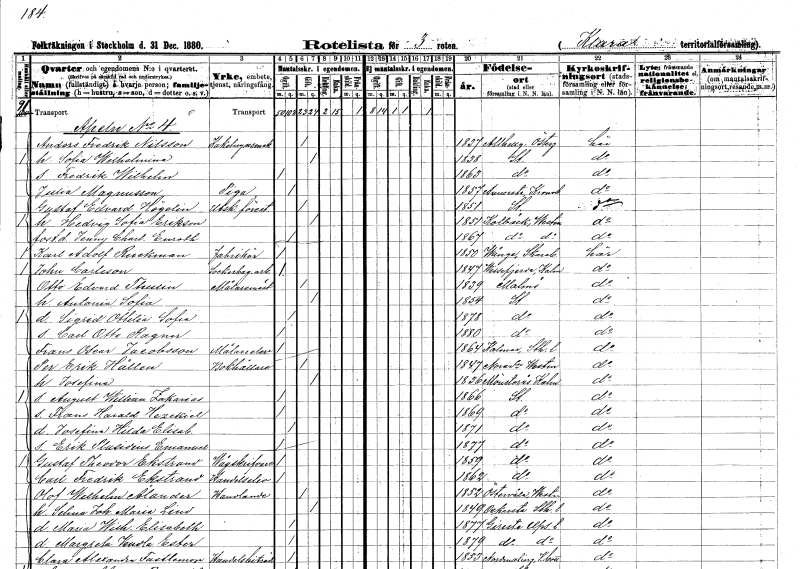
gt_parse: households: individuals: FN: Anders Fredrik
EN: Nilsson
YRKE: Kakelugnsmakare
KON: M
CIV: G
FODAR: 1837
FODFORS: Allhelgona Östergötlands län
FN: Sofia Wilhelmina
KON: K
CIV: G
FODAR: 1838
FODFORS: Stockholm
FN: Fredrik Wilhelm
KON: M
CIV: O
FODAR: 1863
FODFORS: Stockholm
FN: Julia
EN: Magnusson
YRKE: Piga
KON: K
CIV: O
FODAR: 1857
FODFORS: Annerstad Kronobergs län
FN: Gustaf Edvard
EN: Högelin
YRKE: Utskänkningsföreståndare
KON: M
CIV: G
FODAR: 1851
FODFORS: Stockholm
FN: Hedvig Sofia
EN: Erikson
KON: K
CIV: G
FODAR: 1851
FODFORS: Kolbäck Västmanlands län
FN: Jenny Charlotta
EN: Enroth
KON: K
CIV: O
FODAR: 1867
FODFORS: Kolbäck Västmanlands län
FN: Karl Adolf
EN: Ruckman
YRKE: Fabrikör
KON: M
CIV: O
FODAR: 1850
FODFORS: Vånga Skaraborgs län
FN: John
EN: Carleson
YRKE: Sockerbageriarbetare
KON: M
CIV: O
FODAR: 1847
FODFORS: Vissefjärda Kalmar län
FN: Otto Edvard
EN: Thulin
YRKE: Målarmästare
KON: M
CIV: G
FODAR: 1839
FODFORS: Malmö Malmöhus län
FN: Antonia Sofia
KON: K
CIV: G
FODAR: 1854
FODFORS: Stockholm
FN: Sigrid Ottilia Sofia
KON: K
CIV: O
FODAR: 1878
FODFORS: Stockholm
FN: Carl Otto Ragnar
KON: M
CIV: O
FODAR: 1880
FODFORS: Stockholm
FN: Frans Oscar
EN: Jacobsson
YRKE: Målareelev
KON: M
CIV: O
FODAR: 1864
FODFORS: Kalmar Uppsala län
FN: Per Erik
EN: Hållen
YRKE: Bokhållare
KON: M
CIV: G
FODAR: 1847
FODFORS: Nora Västmanlands län
FN: Josefina
KON: K
CIV: G
FODAR: 1836
FODFORS: Mönsterås Kalmar län
FN: August William Zakarias
KON: M
CIV: O
FODAR: 1866
FODFORS: Stockholm
FN: Frans Harald Hezekiel
KON: M
CIV: O
FODAR: 1869
FODFORS: Stockholm
FN: Josefina Hilda Elisabet
KON: K
CIV: O
FODAR: 1871
FODFORS: Stockholm
FN: Erik Plusidius Emanuel
KON: M
CIV: O
FODAR: 1877
FODFORS: Stockholm
FN: Gustaf Theodor
EN: Ekstrand
YRKE: Vågskrivare
KON: M
CIV: O
FODAR: 1859
FODFORS: Stockholm
FN: Carl Fredrik
EN: Ekstrand
YRKE: Handelselev
KON: M
CIV: O
FODAR: 1862
FODFORS: Stockholm
FN: Olof Wilhelm
EN: Ålander
YRKE: Handlande
KON: M
CIV: G
FODAR: 1852
FODFORS: Östervåla Västmanlands län
FN: Selma Johanna Maria
EN: Lind
KON: K
CIV: G
FODAR: 1849
FODFORS: Orkesta Stockholms län
FN: Maria Wilhelmina Elisabeth
KON: K
CIV: O
FODAR: 1877
FODFORS: Giresta Uppsala län
FN: Margreta Vendla Ester
KON: K
CIV: O
FODAR: 1879
FODFORS: Giresta Uppsala län
FN: Clara Alexandra
EN: Fastlemon
YRKE: Handelsbiträde
KON: K
CIV: O
FODAR: 1853
FODFORS: Nordmaling Västerbottens län